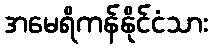
အမေရိကန်နိုင်ငံသား